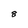
Character: 8